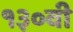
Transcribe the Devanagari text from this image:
१३०वी